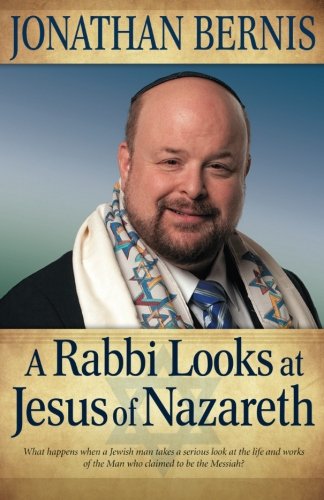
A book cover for A Rabbi Looks at Jesus of Nazareth; Jonathan Bernis; Christian Books & Bibles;